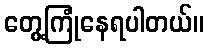
တွေ့ကြုံနေရပါတယ်။